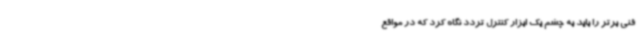
فنی برتر را باید به چشم یک ابزار کنترل تردد نگاه کرد که در مواقع